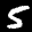
Label: 5